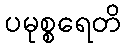
ပမုစ္စရေတိ